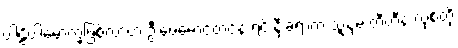
ပါဠိပါမောက္ခဖြစ်လာတဲ့ ဦးဖေမောင်တင်နဲ့ ရင်းနှီးခဲ့ရာက သူ့နှမ တီတီနဲ့ လုစ်တို့